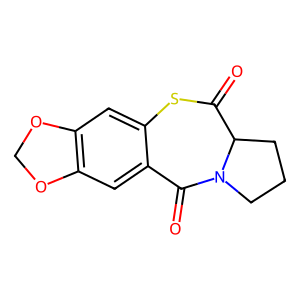
SMILES: O=C1Sc2cc3c(cc2C(=O)N2CCCC12)OCO3
Inhibits HIV replication: No